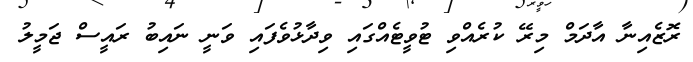
ރޮޒެއިނާ އާދަމް މިރޭ ކުރެއްވި ޓުވީޓެއްގައި ވިދާޅުވެފައި ވަނީ ނައިބު ރައީސް ޖަމީލު